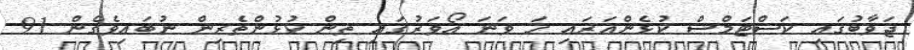
ޖަވާބުގައި ކަސްޓަމްސް ކުޅެންއަރައި ހަ ވަނަ އޯވަރުގައި ތިން ކުޅުންތެރިން ނުބައިވެގެން 91